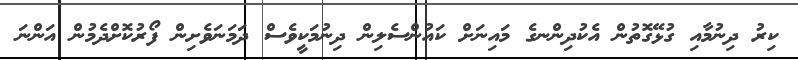
ކިރު ދިނުމާއި ގުޅޭގޮތުން އެކުދިންނގެ މައިނަށް ކައުންސެލިން ދިނުމަކީވެސް ދަމަނަވެށިން ފޯރުކޮށްދެމުން އަންނަ